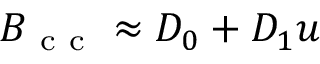
{ \cal B } _ { \mathrm { ~ c ~ c ~ } } \approx D _ { 0 } + D _ { 1 } u